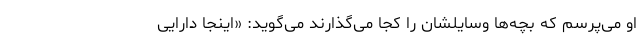
او می‌پرسم که بچه‌ها وسایلشان را کجا می‌گذارند می‌گوید: «اینجا دارایی